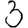
Digit: 3